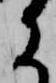
に